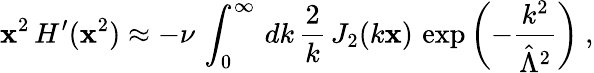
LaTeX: \mathbf{x}^{2}\, H^{\prime}(\mathbf{x}^{2})\approx-\nu\, \int_{0}^{\infty}\, dk\, \frac{{2}}{{k}}\, J_{2}(k\mathbf{x})\, \exp\left(-\frac{{k^{2}}}{{\hat{{\Lambda}}^{2}}}\right)~,